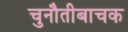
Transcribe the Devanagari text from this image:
चुनौतीबाचक